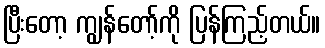
ပြီးတော့ ကျွန်တော့်ကို ပြန်ကြည့်တယ်။